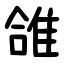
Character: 䧻